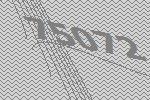
75072